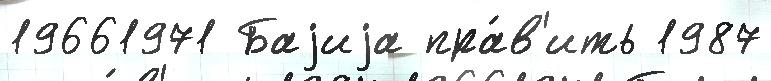
19661971 Баjиjа пра́в'ить 1987